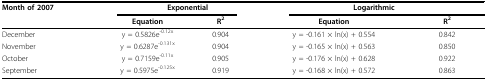
| Month of 2007 | <COLSPAN=2> Exponential | <COLSPAN=2> Logarithmic |
 |  | Equation | R2 | Equation | R2 |
 | --- | --- | --- | --- | --- |
 | December | y = 0.5826e-0.12x | 0.904 | y = -0.161 × ln(x) + 0.554 | 0.842 |
 | November | y = 0.6287e-0.131x | 0.904 | y = -0.165 × ln(x) + 0.563 | 0.850 |
 | October | y = 0.7159e-0.11x | 0.905 | y = -0.176 × ln(x) + 0.628 | 0.922 |
 | September | y = 0.5975e-0.125x | 0.919 | y = -0.168 × ln(x) + 0.572 | 0.863 |